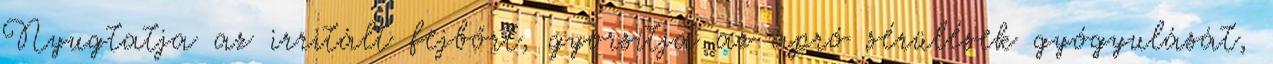
Nyugtatja az irritált fejbőrt, gyorsítja az apró sérülések gyógyulását,